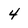
Character: 4